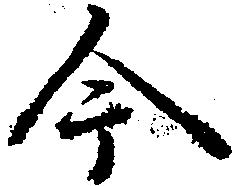
今